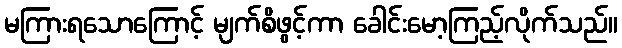
မကြားရသောကြောင့် မျက်စိဖွင့်ကာ ခေါင်းမော့ကြည့်လိုက်သည်။